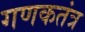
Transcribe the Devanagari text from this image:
गणकतंत्र